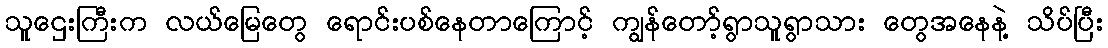
သူဌေးကြီးက လယ်မြေတွေ ရောင်းပစ်နေတာကြောင့် ကျွန်တော့်ရွာသူရွာသား တွေအနေနဲ့ သိပ်ပြီး